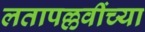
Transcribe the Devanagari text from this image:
लतापल्लवींच्या